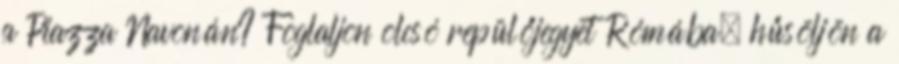
a Piazza Navonán? Foglaljon olcsó repülőjegyet Rómába, hűsöljön a